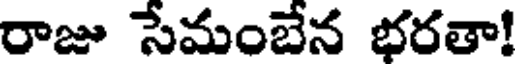
రాజు సేమంబేన భరతా!